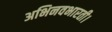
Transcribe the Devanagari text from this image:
अभिनवभारती।